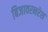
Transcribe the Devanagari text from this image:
बिजावरनरेश